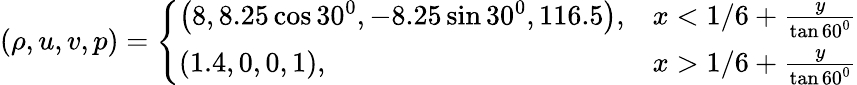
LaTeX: (\rho,u,v,p)=\left\{ \begin{array}{ll}{\left(8,8.25\cos 30^{0},-8.25\sin 30^{0},116.5\right),}&{x<1/6+\frac{y}{\tan 60^{0}}}\\ {(1.4,0,0,1),}&{x>1/6+\frac{y}{\tan 60^{0}}}\end{array}\right.